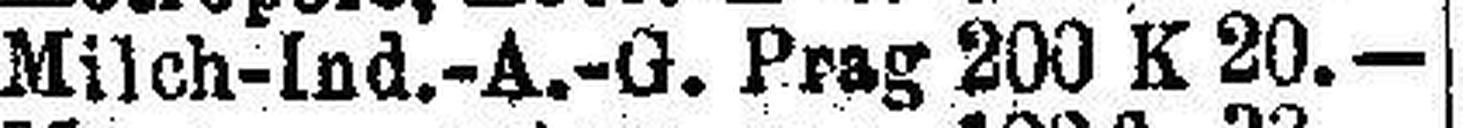
Milch-Ind.-A.-G. Prag 200 K 20.—